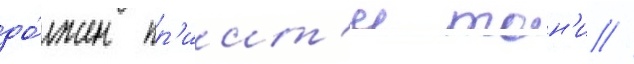
до́лжен пр'иит'и тон'и //